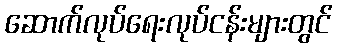
ဆောက်လုပ်ရေးလုပ်ငန်းများတွင်